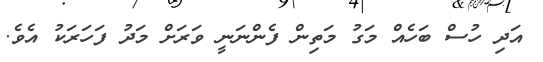
އަދި ހުސް ބަހެއް މަގު މަތިން ފެންނަނީ ވަރަށް މަދު ފަހަރަކު އެވެ.